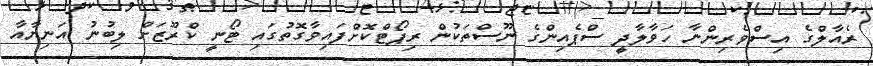
ރެއާލްގެ އިސްވެރިންނާ ހަވާލާދީ ސްޕެއިންގެ ނޫސްތަކުން ރިޕޯޓްކޮށްފައިވާގޮތުގައި ޓޯނީ ކްރޫޒަށް ލިބުނު އަނިޔާއާ